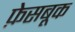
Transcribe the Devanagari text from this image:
फ़ेसबूक